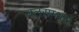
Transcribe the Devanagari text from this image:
जलसम्भरों